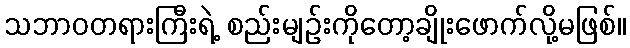
သဘာဝတရားကြီးရဲ့ စည်းမျဉ်းကိုတော့ချိုးဖောက်လို့မဖြစ်။